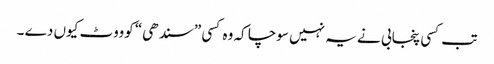
تب کسی پنجابی نے یہ نہیں سوچا کہ وہ کسی ”سندھی“ کوووٹ کیوں دے ۔